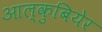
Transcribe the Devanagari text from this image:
आल्कुबियेर